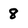
Character: 8